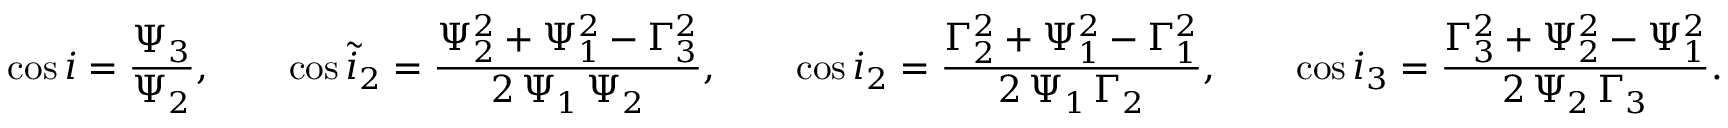
\cos i = \frac { \Psi _ { 3 } } { \Psi _ { 2 } } , \qquad \cos \tilde { i } _ { 2 } = \frac { \Psi _ { 2 } ^ { 2 } + \Psi _ { 1 } ^ { 2 } - \Gamma _ { 3 } ^ { 2 } } { 2 \, \Psi _ { 1 } \, \Psi _ { 2 } } , \qquad \cos i _ { 2 } = \frac { \Gamma _ { 2 } ^ { 2 } + \Psi _ { 1 } ^ { 2 } - \Gamma _ { 1 } ^ { 2 } } { 2 \, \Psi _ { 1 } \, \Gamma _ { 2 } } , \qquad \cos i _ { 3 } = \frac { \Gamma _ { 3 } ^ { 2 } + \Psi _ { 2 } ^ { 2 } - \Psi _ { 1 } ^ { 2 } } { 2 \, \Psi _ { 2 } \, \Gamma _ { 3 } } .